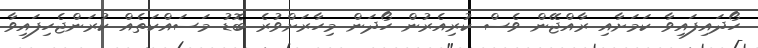
ހޯދައިފައިވާ ކަމަށާއި ރާއްޖޭން ވެސް ކުރިއެރުން ހޯދަން މިހާރަށްވުރެ ބޮޑު މަސައްކަތެއް ކުރަންޖެހިފައިވާ